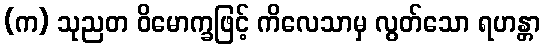
(က) သုညတ ဝိမောက္ခဖြင့် ကိလေသာမှ လွတ်သော ရဟန္တာ